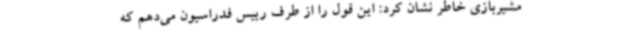
مشیربازی خاطر نشان کرد: این قول را از طرف رییس فدراسیون می‌دهم که